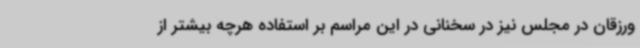
ورزقان در مجلس نیز در سخنانی در این مراسم بر استفاده هرچه بیشتر از